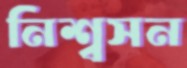
নিশ্বসন